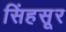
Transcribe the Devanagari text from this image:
सिंहसूर